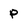
Character: p